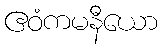
ဧဝံကမနီယော